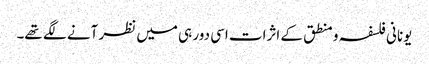
یونانی فلسفہ و منطق کے اثرات اسی دور ہی میں نظر آنے لگے تھے۔